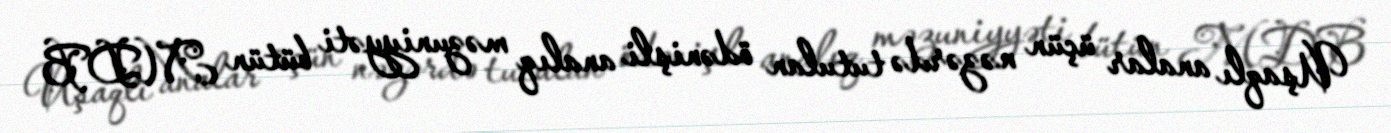
Uşaqlı analar üçün nəzərdə tutulan ödənişli analıq məzuniyyəti bütün MDB